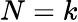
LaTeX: N=k